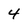
Character: 4